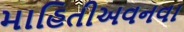
માહિતીઅવનવા